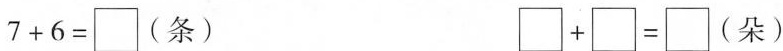
$$7 + 6 = \bigBox$$ (条) $$\bigBox